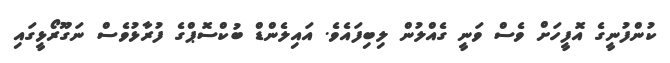
ކުންފުނީގެ އޮފީހަށް ވެސް ވަނީ ގެއްލުން ލިބިފައެވެ. އައިލެންޑް ބުކްސޮޕްގެ ފުރާޅުވެސް ނަގޫރޯޅީގައި